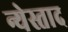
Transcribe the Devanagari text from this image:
न्येस्ताद